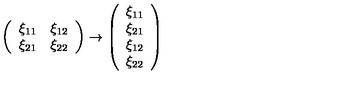
\left( \begin{array} { l l } { \xi _ { 1 1 } } & { \xi _ { 1 2 } } \\ { \xi _ { 2 1 } } & { \xi _ { 2 2 } } \\ \end{array} \right) \rightarrow \left( \begin{array} { l } { \xi _ { 1 1 } } \\ { \xi _ { 2 1 } } \\ { \xi _ { 1 2 } } \\ { \xi _ { 2 2 } } \\ \end{array} \right)